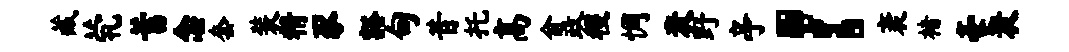
藏茕蓄念套装精豕豁甸昔托高俞政稷惆衰野亭！袤楮豪衰